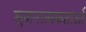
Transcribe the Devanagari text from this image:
सुजनात्मकताओं